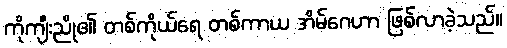
ကိုကျီးညို၏ တစ်ကိုယ်ရေ တစ်ကာယ အိမ်ဂေဟာ ဖြစ်လာခဲ့သည်။